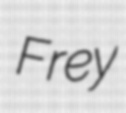
Frey